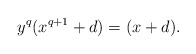
\begin{align*}y^q(x^{q+1}+d) = (x+d).\end{align*}